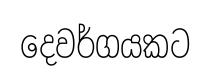
දෙවර්ගයකට